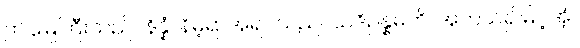
ဤမြေကြီးသည်။ နိန္နံ၊ နိမ့်ရာအရပ်သည်။ ယဒိဥန္နမတိ၊ အကယ်၍မြင့်အံ့။